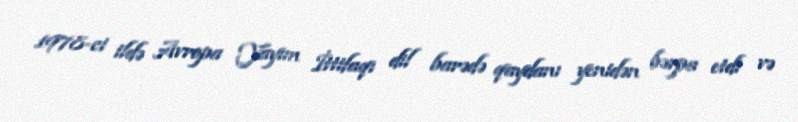
1978-ci ildə Avropa Yayım İttifaqı dil barədə qaydanı yenidən bərpa etdi və